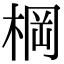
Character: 棡